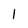
Character: l